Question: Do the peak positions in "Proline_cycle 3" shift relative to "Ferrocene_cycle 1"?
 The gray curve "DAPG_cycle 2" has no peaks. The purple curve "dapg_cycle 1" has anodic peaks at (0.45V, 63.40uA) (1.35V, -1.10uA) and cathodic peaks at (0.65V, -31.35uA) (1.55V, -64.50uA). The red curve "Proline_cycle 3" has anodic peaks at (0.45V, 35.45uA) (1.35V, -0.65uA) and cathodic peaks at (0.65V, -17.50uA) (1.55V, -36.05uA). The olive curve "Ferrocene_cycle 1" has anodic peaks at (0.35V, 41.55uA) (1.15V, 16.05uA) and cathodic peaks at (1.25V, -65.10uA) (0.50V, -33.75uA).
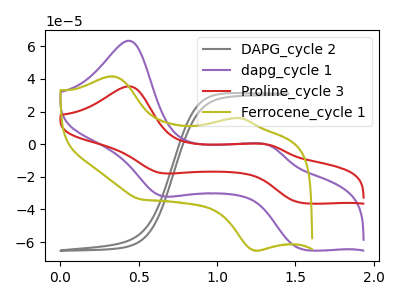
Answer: <think>"Proline_cycle 3" and "Ferrocene_cycle 1" have at least one peak that do not match.
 </think>
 <answer>Yes, "Proline_cycle 3" and "Ferrocene_cycle 1" are different in shape.</answer>
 <eval>yes_change</eval>